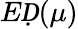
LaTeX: EḌ(\mu)